Vaccination United Provinces of Agra and Oudh 1914-1922 - 1914-1922
Year: 1914
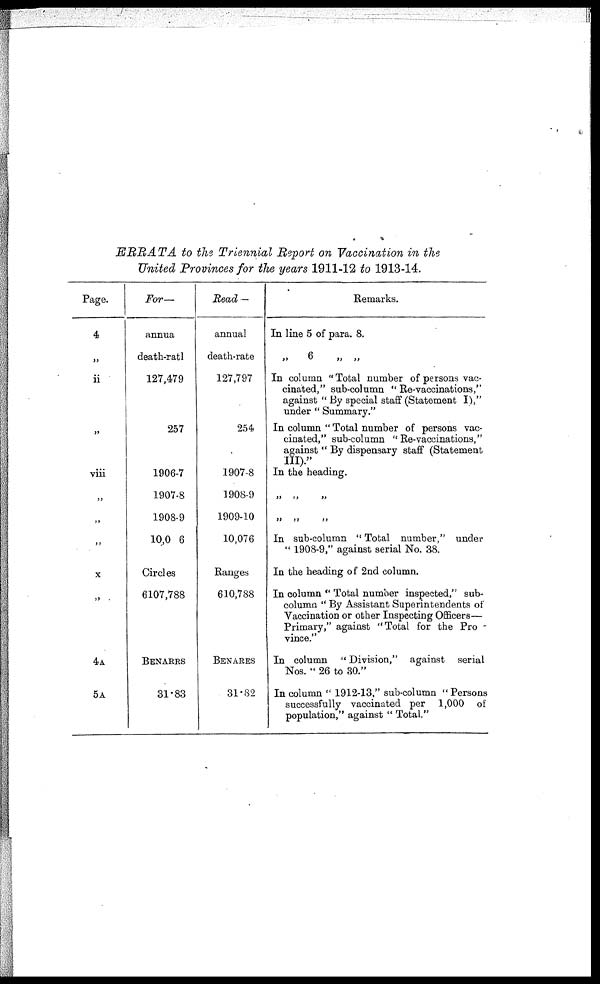
ERRATA
to the Triennial Report on Vaccination in the
United Provinces for the years 1911-12 to 1913-14.
Page.
4
„
ii
„
viii
„
„
„
x
„
4A
5A
For—
annua
death-ratl
127,479
257
1906-7
1907-8
1908-9
10,0 6
Circles
6107,788
BENARRS
31.83
Read —
annual
death-rate
127,797
254
1907-8
1908-9
1909-10
10,076
Ranges
610,788
BENARES
31.82
Remarks.
In line 5 of para. 8.
„
6
„
„
In column "Total number of persons vac-
cinated," sub-column " Re-vaccinations,"
against " By special staff (Statement I),"
under " Summary."
In column " Total number of persons vac-
cinated," sub-column "Re-vaccinations,"
against "By dispensary staff (Statement
III)."
In the heading.
„ „ „
„ „ „
In sub-column " Total number," under
" 1908-9," against serial No. 38.
In the heading of 2nd column.
In column " Total number inspected," sub-
column " By Assistant Superintendents of
Vaccination or other Inspecting Officers—
Primary," against "Total for the Pro -
vince."
In column " Division," against serial
Nos. " 26 to 30."
In column " 1912-13," sub-column " Persons
successfully vaccinated per 1,000 of
population," against " Total."